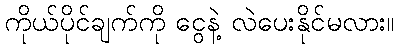
ကိုယ်ပိုင်ချက်ကို ငွေနဲ့ လဲပေးနိုင်မလား။